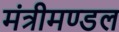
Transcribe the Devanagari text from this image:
मंत्रीमण्‍डल